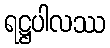
ရဋ္ဌပါလဿ